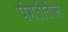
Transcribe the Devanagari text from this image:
पंगतीतील